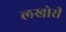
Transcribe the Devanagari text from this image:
लखोरी